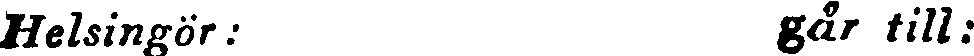
Helsingör: går till: